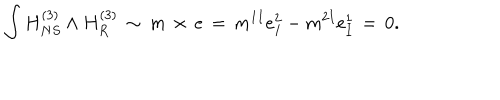
LaTeX: \int H _ { N S } ^ { ( 3 ) } \wedge H _ { R } ^ { ( 3 ) } \, \sim \, m \, \times \, e \, = \, m ^ { 1 I } e _ { I } ^ { 2 } - m ^ { 2 I } e _ { I } ^ { 1 } \, = \, 0 .